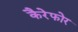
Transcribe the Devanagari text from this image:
कैरेफोर